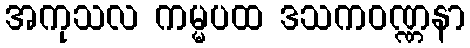
အကုသလ ကမ္မပထ ဒသကဝဏ္ဏနာ